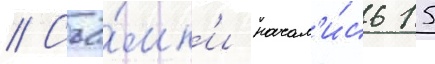
// Съё́мк'и начал'и́сь 15